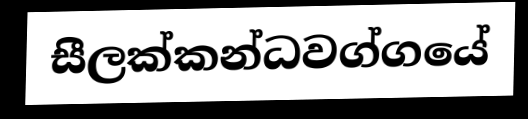
සීලක්කන්ධවග්ගයේ